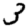
Digit: 3